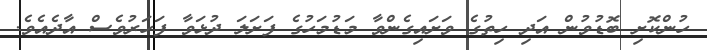
ހުންކޮށި ބޮޑުވުން އަދި ހިތުގެ ވަށައިގެންވާ މަޑުމަހުގެ ފަށަލަ ދުޅަވާ ފަަހަރުވެސް އާދެއެވެ.